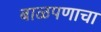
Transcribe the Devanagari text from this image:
बाळपणाचा